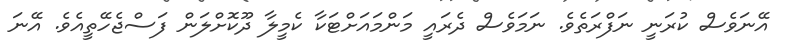
އޭނަވެސް ކުރަނީ ނަފްރަތެވެ. ނަމަވެސް ދެރައީ މަންމައަށްޓަކާ ކެމީލާ ދޫކޮށްލަން ފަސްޖެހޭތީއެވެ. އޭނަ